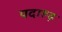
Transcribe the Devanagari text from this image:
पदारूढ़